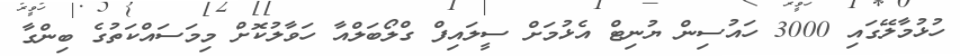
ހުޅުމާލޭގައި 3000 ހައުސިން ޔުނިޓް އެޅުމަށް ސީލައިފް ގްލޯބަލްއާ ހަވާލުކޮށް މިމަސައްކަތުގެ ބިންގާ